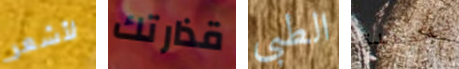
لأشعر قذارتك الطبى لننطلق